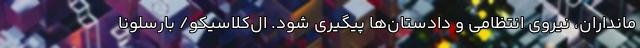
مانداران، نیروی انتظامی و دادستان‌ها پیگیری شود. ال‌کلاسیکو/ بارسلونا